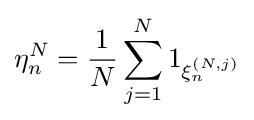
\eta _{n}^{N}={\frac {1}{N}}\sum _{j=1}^{N}1_{\xi _{n}^{(N,j)}}